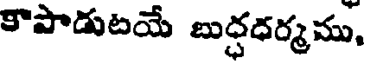
కౌపాడుటయే బుద్ధధర్మము,